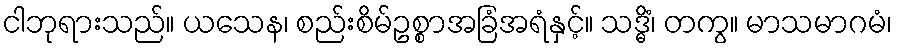
ငါဘုရားသည်။ ယသေန၊ စည်းစိမ်ဥစ္စာအခြံအရံနှင့်။ သဒ္ဓိံ၊ တကွ။ မာသမာဂမံ၊